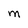
Character: M